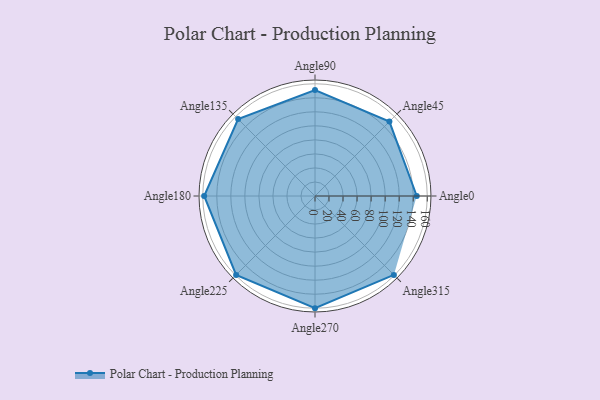
{"axis": {"x": "Angle", "y": "Radius"}, "legend": [""], "data": [{"x": "Angle0", "y": 145.0, "type": ""}, {"x": "Angle45", "y": 150.0, "type": ""}, {"x": "Angle90", "y": 151.0, "type": ""}, {"x": "Angle135", "y": 155.0, "type": ""}, {"x": "Angle180", "y": 158.0, "type": ""}, {"x": "Angle225", "y": 159.0, "type": ""}, {"x": "Angle270", "y": 160.0, "type": ""}, {"x": "Angle315", "y": 159.0, "type": ""}]}